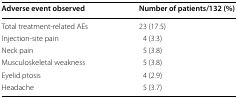
<table><thead><tr><td><b>Adverse event observed</b></td><td><b>Number of patients/132 (%)</b></td></tr></thead><tbody><tr><td>Total treatment-related AEs</td><td>23 (17.5)</td></tr><tr><td>Injection-site pain</td><td>4 (3.3)</td></tr><tr><td>Neck pain</td><td>5 (3.8)</td></tr><tr><td>Musculoskeletal weakness</td><td>5 (3.8)</td></tr><tr><td>Eyelid ptosis</td><td>4 (2.9)</td></tr><tr><td>Headache</td><td>5 (3.7)</td></tr></tbody></table>